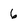
Character: 6